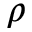
\rho